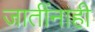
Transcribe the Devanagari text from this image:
जातींनाही